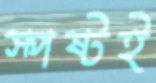
স্পষ্টই